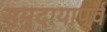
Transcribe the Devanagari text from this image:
समुदायापूर्व